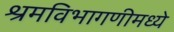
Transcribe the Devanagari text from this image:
श्रमविभागणीमध्ये